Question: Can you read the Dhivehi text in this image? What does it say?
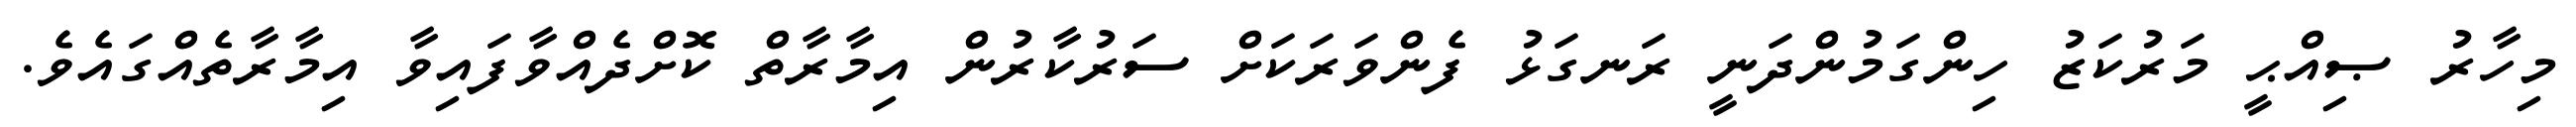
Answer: މިހާރު ޞިއްޙީ މަރުކަޒު ހިންގަމުންދަނީ ރަނގަޅު ފެންވަރަކަށް ސަރުކާރުން އިމާރާތް ކޮށްދެއްވާފައިވާ އިމާރާތެއްގައެވެ.